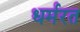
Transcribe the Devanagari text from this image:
धर्मरत